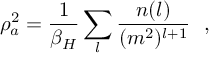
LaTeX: \rho _ { a } ^ { 2 } = { \frac { 1 } { \beta _ { H } } } \sum _ { l } { \frac { n ( l ) } { ( m ^ { 2 } ) ^ { l + 1 } } } ~ ~ ,